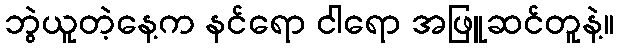
ဘွဲယူတဲ့နေ့က နင်ရော ငါရော အဖြူဆင်တူနဲ့။